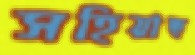
সহিয়াছ